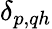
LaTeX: \delta_{p,qh}